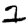
Digit: 2